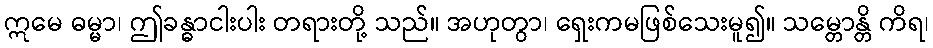
ဣမေ ဓမ္မာ၊ ဤခန္ဓာငါးပါး တရားတို့ သည်။ အဟုတွာ၊ ရှေးကမဖြစ်သေးမူ၍။ သမ္တောန္တိ ကိရ၊